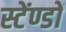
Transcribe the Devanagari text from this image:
स्टेंण्डों